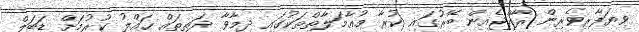
ވިޔަފާރިވެރިން ރާއްޖެއިން ބޭރުގައި ކުރާ މުޢާމަލާތްތަކުގައި ދިމާވާ ދަތިތައް ޙައްލު ކުރުމަށް ޑަބަލް